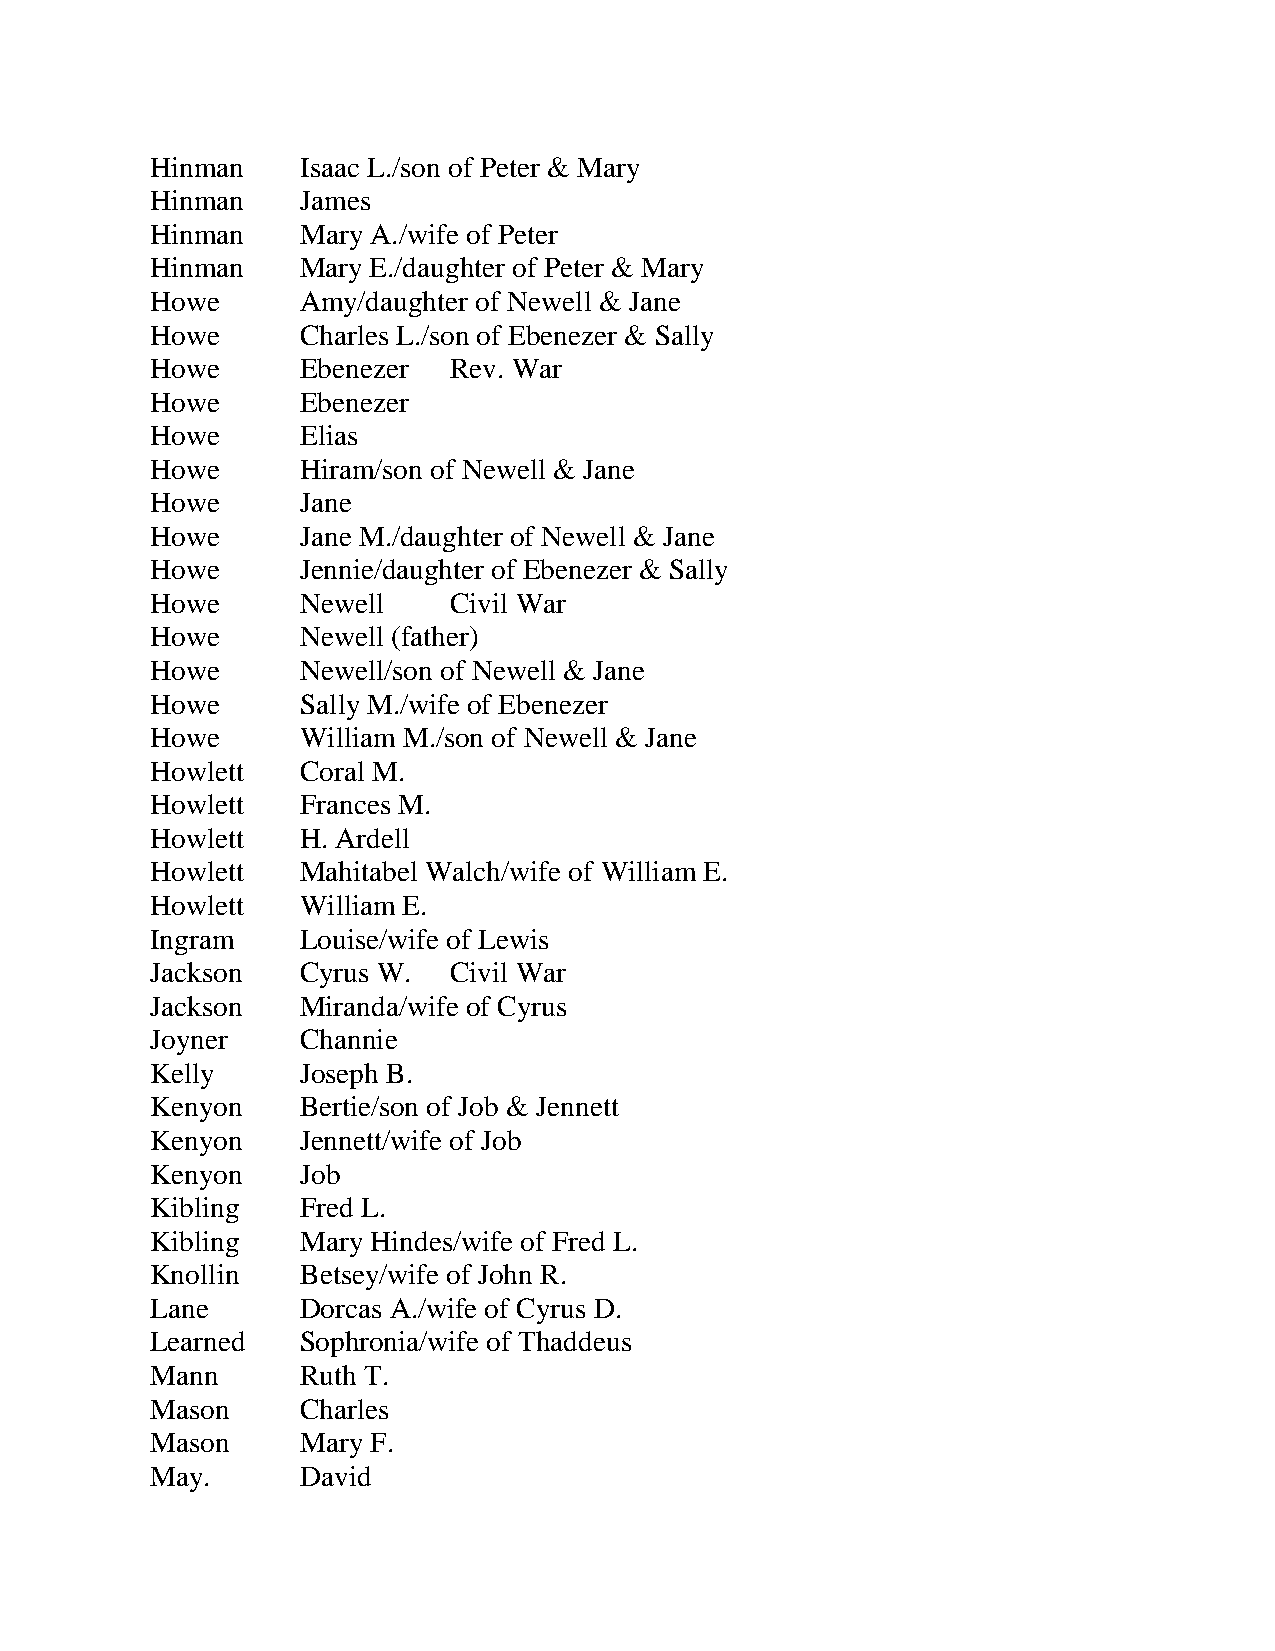
Hinman    Isaac L./son of Peter & Mary
 Hinman    James
 Hinman    Mary A./wife of Peter
 Hinman    Mary E./daughter of Peter & Mary
 Howe      Amy/daughter of Newell & Jane
 Howe      Charles L./son of Ebenezer & Sally
 Howe      Ebenezer  Rev. War
 Howe      Ebenezer
 Howe      Elias
 Howe      Hiram/son of Newell & Jane
 Howe      Jane
 Howe      Jane M./daughter of Newell & Jane
 Howe      Jennie/daughter of Ebenezer & Sally
 Howe      Newell    Civil War
 Howe      Newell (father)
 Howe      Newell/son of Newell & Jane
 Howe      Sally M./wife of Ebenezer
 Howe      William M./son of Newell & Jane
 Howlett   Coral M.
 Howlett   Frances M.
 Howlett   H. Ardell
 Howlett   Mahitabel Walch/wife of William E.
 Howlett   William E.
 Ingram    Louise/wife of Lewis
 Jackson   Cyrus W.  Civil War
 Jackson   Miranda/wife of Cyrus
 Joyner    Channie
 Kelly     Joseph B.
 Kenyon    Bertie/son of Job & Jennett
 Kenyon    Jennett/wife of Job
 Kenyon    Job
 Kibling   Fred L.
 Kibling   Mary Hindes/wife of Fred L.
 Knollin   Betsey/wife of John R.
 Lane      Dorcas A./wife of Cyrus D.
 Learned   Sophronia/wife of Thaddeus
 Mann      Ruth T.
 Mason     Charles
 Mason     Mary F.
 May.      David